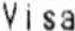
VISA